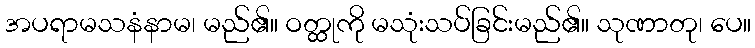
အပရာမသနံနာမ၊ မည်၏။ ဝတ္ထုကို မသုံးသပ်ခြင်းမည်၏။ သုဏာတု၊ ပေ။